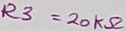
Text: R3=20KΩ